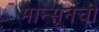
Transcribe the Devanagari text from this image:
मान्सूनची